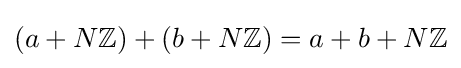
(a+N\mathbb {Z} )+(b+N\mathbb {Z} )=a+b+N\mathbb {Z}